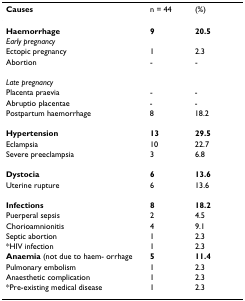
<table><thead><tr><td><b>Causes</b></td><td><b>n = 44</b></td><td><b>(%)</b></td></tr></thead><tbody><tr><td><b>Haemorrhage</b></td><td><b>9</b></td><td><b>20.5</b></td></tr><tr><td><i>Early pregnancy</i></td><td></td><td></td></tr><tr><td>Ectopic pregnancy</td><td>1</td><td>2.3</td></tr><tr><td>Abortion</td><td>-</td><td>-</td></tr><tr><td><i>Late pregnancy</i></td><td></td><td></td></tr><tr><td>Placenta praevia</td><td>-</td><td>-</td></tr><tr><td>Abruptio placentae</td><td>-</td><td>-</td></tr><tr><td>Postpartum haemorrhage</td><td>8</td><td>18.2</td></tr><tr><td><b>Hypertension</b></td><td><b>13</b></td><td><b>29.5</b></td></tr><tr><td>Eclampsia</td><td>10</td><td>22.7</td></tr><tr><td>Severe preeclampsia</td><td>3</td><td>6.8</td></tr><tr><td><b>Dystocia</b></td><td><b>6</b></td><td><b>13.6</b></td></tr><tr><td>Uterine rupture</td><td>6</td><td>13.6</td></tr><tr><td><b>Infections</b></td><td><b>8</b></td><td><b>18.2</b></td></tr><tr><td>Puerperal sepsis</td><td>2</td><td>4.5</td></tr><tr><td>Chorioamnionitis</td><td>4</td><td>9.1</td></tr><tr><td>Septic abortion</td><td>1</td><td>2.3</td></tr><tr><td>*HIV infection</td><td>1</td><td>2.3</td></tr><tr><td><b>Anaemia </b>(not due to haem- orrhage</td><td><b>5</b></td><td><b>11.4</b></td></tr><tr><td>Pulmonary embolism</td><td>1</td><td>2.3</td></tr><tr><td>Anaesthetic complication</td><td>1</td><td>2.3</td></tr><tr><td>*Pre-existing medical disease</td><td>1</td><td>2.3</td></tr></tbody></table>